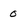
Character: 0